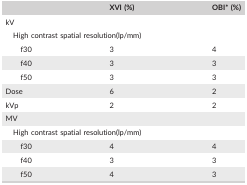
|  | XVI (%) | OBI* (%) |
 | --- | --- | --- |
 | <COLSPAN=3> kV |
 | <COLSPAN=3> High contrast spatial resolution(lp/mm) |
 | f30 | 3 | 4 |
 | f40 | 3 | 3 |
 | f50 | 3 | 3 |
 | Dose | 6 | 2 |
 | kVp | 2 | 2 |
 | <COLSPAN=3> MV |
 | <COLSPAN=3> High contrast spatial resolution(lp/mm) |
 | f30 | 4 | 4 |
 | f40 | 3 | 3 |
 | f50 | 4 | 3 |